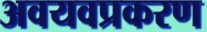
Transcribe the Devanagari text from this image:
अवयवप्रकरण